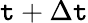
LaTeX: \mathtt{t}+\Delta\mathtt{t}